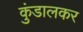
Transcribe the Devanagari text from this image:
कुंडालकर